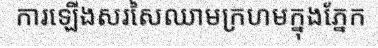
ការឡើងសរសៃឈាមក្រហមក្នុងភ្នែក